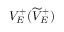
V _ { E } ^ { + } ( \widetilde { V } _ { E } ^ { + } )